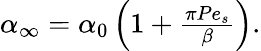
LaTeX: \begin{array}{r}{\alpha_{\infty}=\alpha_{0}\left(1+\frac{\pi Pe_{s}}{\beta}\right).}\end{array}